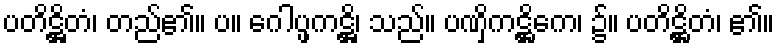
ပတိဋ္ဌိတံ၊ တည်၏။ ပ။ ဂေါပ္ဖကဋ္ဌိ၊ သည်။ ပဏှိကဋ္ဌိကေ၊ ၌။ ပတိဋ္ဌိတံ၊ ၏။